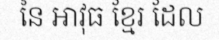
នៃ អាវុធ ខ្មែរ ដែល